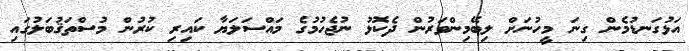
އަޅުގަނޑުމެން ގިނަ މީހުނަށް ލިބޭމިންވަރުން ދެކޮޅު ނުޖެހުމުގެ މައްސަލަޔާ ކައިރި ކުރުން މުސްތަޤުބަލުގައި